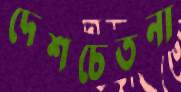
দেশচেতনা